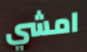
امشي